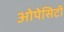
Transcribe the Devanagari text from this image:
ओपेसिटी